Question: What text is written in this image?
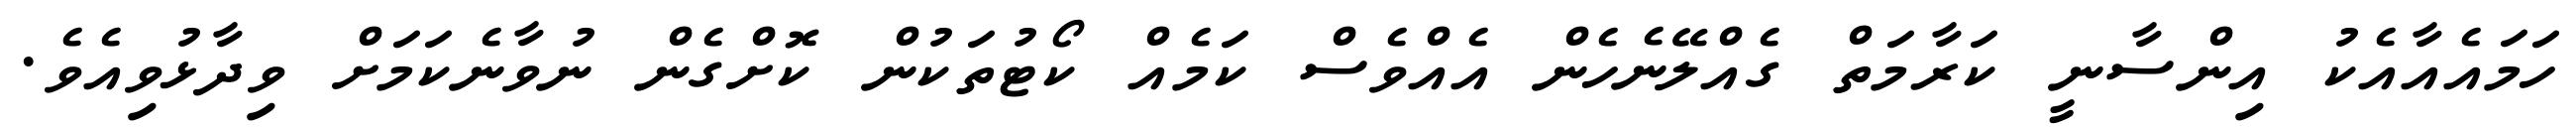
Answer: ހަމައެއާއެކު އިންސާނީ ކަރާމަތް ގެއްލޭނެހެން އެއްވެސް ކަމެއް ކޯޓުތަކުން ކޮށްގެން ނުވާނެކަމަށް ވިދާޅުވިއެވެ.